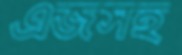
এজসহ